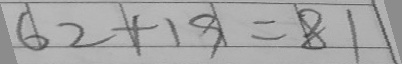
6 2 + 1 9 = 8 1